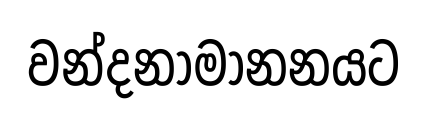
වන්දනාමානනයට